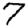
Digit: 7